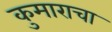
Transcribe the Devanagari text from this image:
कुमाराचा